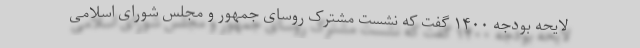
لایحه بودجه ۱۴۰۰ گفت که نشست مشترک روسای جمهور و مجلس شورای اسلامی